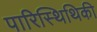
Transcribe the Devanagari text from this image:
पारिस्थिथिकी